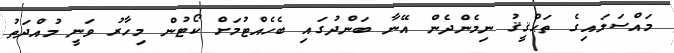
މައްސަލައިގެ ތަޙްޤީޤު ނިމެންދެން އޭނާ ބަންދުގައި ބެހެއްޓުމަށް ކޯޓުން މިހާރު ވަނީ މުއްދަތު